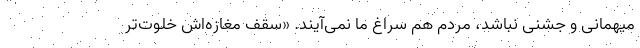
میهمانی و جشنی نباشد، مردم هم سراغ ما نمی‌آیند. «سقف مغازه‌اش خلوت‌تر